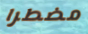
مضطرا